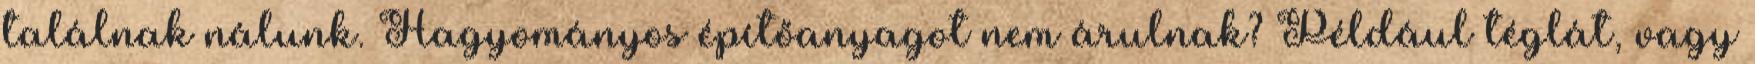
találnak nálunk. Hagyományos építőanyagot nem árulnak? Például téglát, vagy